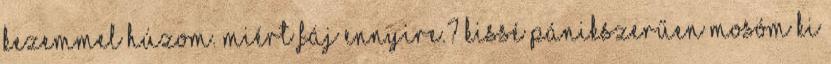
kezemmel húzom. Miért fáj ennyire.? Kissé pánikszerűen mosóm ki